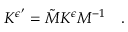
K ^ { \epsilon ^ { \prime } } = \tilde { M } K ^ { \epsilon } M ^ { - 1 } \quad .